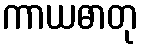
ကာယဓာတု